Leaving Certificate Examination, 1903
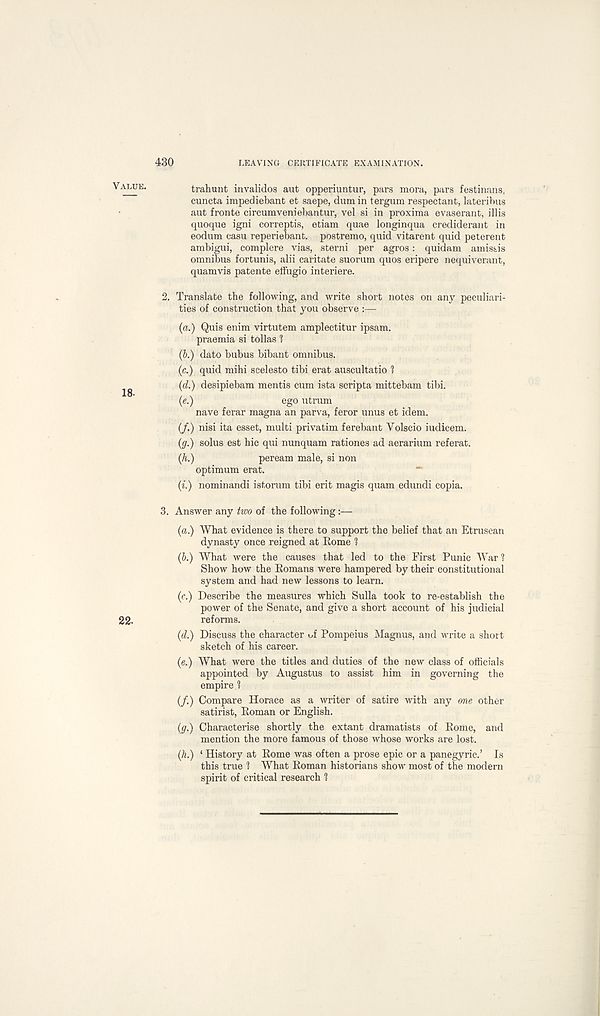
430
LEAVING CERTIFICATE EXAMINATION.
ITALUE.
trahunt invalidos aut opperiuntur, pars mora, pars festinans,
cuncta impediebant et saepe, dum in tergum respectant, lateribns
aut fronte circumveniebantur, vel si in proxima evaserant, illis
quoque igni correptis, etiam quae longinqua crediderant in
eodum casu reperiebant. postremo, quid vitarent quid peterent
ambigui, complere vias, sterni per agros : quidam amissis
omnibus fortunis, alii caritate suorum quos eripere nequiverant,
quamvis patente effugio interfere.
2. Translate the following, and write short notes on any peculiari-
ties of construction that you observe :—
(a.) Quis enim virtutem amplectitur ipsam.
praemia si tollas 1
(b.) dato bubus bibant omnibus.
(c.) quid mihi scelesto tibi erat auscultatio 1
(d.) desipiebam mentis cum ista scripta mittebam tibi.
(e.)
ego utrum
nave ferar magna an parva, feror unus et idem.
(/.) nisi ita esset, multi privatim ferebant Volscio iudicem.
(g.) solus est hie qui nunquam rationes ad aerarium ref erat.
(h.)
peream male, si non
optimum erat.
(i.) nominandi istorum tibi erit magis quam edundi copia.
3. Answer any two of the following:—
(a.) What evidence is there to support the belief that an Etruscan
dynasty once reigned at Eome 1
(b.) What were the causes that led to the First Punic War 1
Show how the Romans were hampered by their constitutional
system and had new lessons to learn.
(c.) Describe the measures which Sulla took to re-establish the
power of the Senate, and give a short account of his judicial
22.
reforms.
(d.) Discuss the character of Pompeius Magnus, and write a short
sketch of his career.
(e.) What were the titles and duties of the new class of officials
appointed by Augustus to assist him in governing the
empire 1
(/.) Compare Horace as a writer of satire with any one other
satirist, Roman or English.
(gr.) Characterise shortly the extant dramatists of Rome, and
mention the more famous of those whose works are lost.
(A.) ‘ History at Rome was often a prose epic or a panegyric.’ Is
this true 1 What Roman historians show most of the modern
spirit of critical research 1